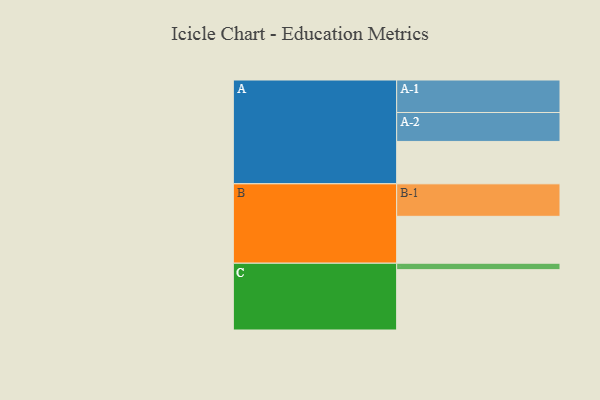
{"axis": {"x": "Segment", "y": "Value"}, "legend": ["", "A", "B", "C"], "data": [{"x": "A", "y": 382, "type": ""}, {"x": "B", "y": 423, "type": ""}, {"x": "C", "y": 544, "type": ""}, {"x": "A-1", "y": 293, "type": "A"}, {"x": "A-2", "y": 261, "type": "A"}, {"x": "B-1", "y": 293, "type": "B"}, {"x": "C-1", "y": 58, "type": "C"}]}